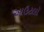
આઉટલૉ